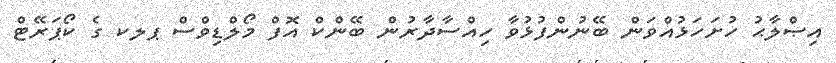
އިޞްލާޙު ހުށަހަޅުއްވަން ބޭނުންފުޅުވާ ހިއްސާދާރުން ބޭންކް އޮފް މޯލްޑިވްސް ޕލކ ގެ ކޯޕަރޭޓް